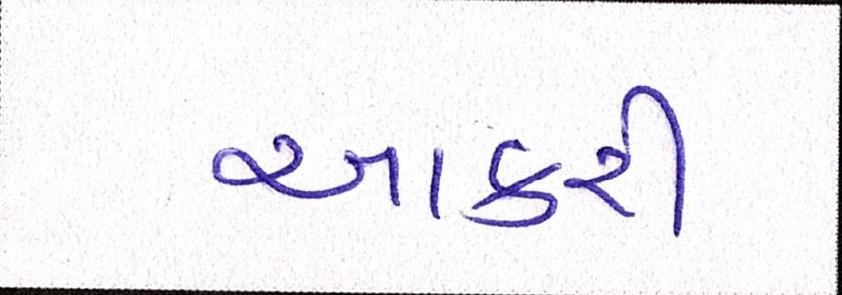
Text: આકરી